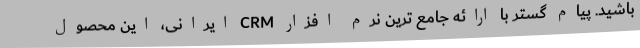
باشید. پیام گستر با ارائه جامع ترین نرم افزار CRM ایرانی، این محصول